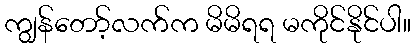
ကျွန်တော့်လက်က မိမိရရ မကိုင်နိုင်ပါ။